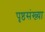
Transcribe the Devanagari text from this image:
पृष्ठसंख्य़ा